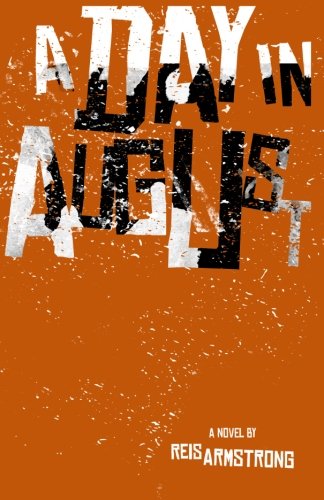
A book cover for A Day In August; Reis Armstrong; Literature & Fiction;